Annual statistical returns and brief notes on vaccination in Bengal - 1909-1929
Year: 1909
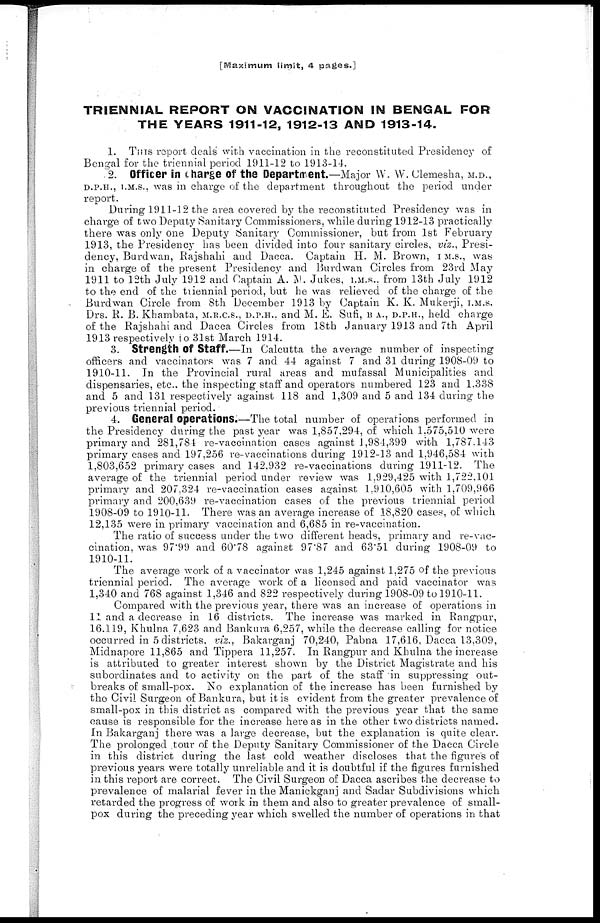
[Maximum limit, 4 pages.]
TRIENNIAL REPORT ON VACCINATION IN BENGAL FOR
THE YEARS 1911-12, 1912-13 AND 1913-14.
1. THIS report deals' with vaccination in the reconstituted Presidency of
Bengal for the triennial period 1911-12 to 1913-14.
2. Officer in charge of the Department.—Major W. W. Clemesha, M.D.,
D.P.H., I.M.S., was in charge of the department throughout the period under
report.
During 1911-12 the area covered by the reconstituted Presidency was in
charge of two Deputy Sanitary Commissioners, while during 1912-13 practically
there was only one Deputy Sanitary Commissioner, but from 1st February
1913, the Presidency has been divided into four sanitary circles, viz., Presi-
dency, Burdwan, Rajshahi and Dacca. Captain H. M. Brown, I M.S., was
in charge of the present Presidency and Burdwan Circles from 23rd May
1911 to 12th July 1912 and Captain A. M. Jukes, I.M.S.. from 13th July 1912
to the end of the triennial period, but he was relieved of the charge of the
Burdwan Circle from 8th December 1913 by Captain K. K. Mukerji, I.M.S.
Drs. R. B. Khambata, M.R.C.S., D.P.H.. and M. E. Sufi, B A., D.P.H., held charge
of the Rajshahi and Dacca Circles from 18th January 1913 and 7th April
1913 respectively to 31st March 1914.
3. Strength of Staff.—In Calcutta the average number of inspecting
officers and vaccinators was 7 and 44 against 7 and 31 during 1908-09 to
1910-11. In the Provincial rural areas and mufassal Municipalities and
dispensaries, etc., the inspecting staff and operators numbered 123 and 1,338
and 5 and 131 respectively against 118 and 1,309 and 5 and 134 during the
previous triennial period.
4. General Operations.—The total number of operations performed in
the Presidency during the past year was 1,857,294, of which 1,575,510 were
primary and 281,784 re-vaccination cases against 1,984,399 with 1,787.143
primary cases and 197,256 re-vaccinations during 1912-13 and 1,946,584 with
1,803,652 primary cases and 142,932 re-vaccinations during 1911-12. The
average of the triennial period under review was 1,929,425 with 1,722,101
primary and 207,324 re-vaccination cases against 1,910,605 with 1,709,966
primary and 200,639 re-vaccination cases of the previous triennial period
1908-09 to 1910-11. There was an average increase of 18,820 cases, of which
12,135 were in primary vaccination and 6,685 in re-vaccination.
The ratio of success under the two different heads, primary and re-vac-
cination, was 97.99 and 60.78 against 97.87 and 63.51 during 1908-09 to
1910-11.
The average work of a vaccinator was 1,245 against 1,275 of the previous
triennial period. The average work of a licensed and paid vaccinator was
1,340 and 768 against 1,346 and 822 respectively during 1908-09 to 1910-11.
Compared with the previous year, there was an increase of operations in
11 and a decrease in 16 districts. The increase was marked in Rangpur,
16.119, Khulna 7,623 and Bankura 6,257, while the decrease calling for notice
occurred in 5 districts, viz., Bakarganj 70,240, Pabna 17,616, Dacca 13,309,
Midnapore 11,865 and Tippera 11,257. In Rangpur and Khulna the increase
is attributed to greater interest shown by the District Magistrate and his
subordinates and to activity on the part of the staff in suppressing out-
breaks of small-pox. No explanation of the increase has been furnished by
the Civil Surgeon of Bankura, but it is evident from the greater prevalence of
small-pox in this district as compared with the previous year that the same
cause is responsible for the increase here as in the other two districts named.
In Bakarganj there was a large decrease, but the explanation is quite clear.
The prolonged tour of the Deputy Sanitary Commissioner of the Dacca Circle
in this district during the last cold weather discloses that the figures of
previous years were totally unreliable and it is doubtful if the figures furnished
in this report are correct. The Civil Surgeon of Dacca ascribes the decrease to
prevalence of malarial fever in the Manickganj and Sadar Subdivisions which
retarded the progress of work in them and also to greater prevalence of small-
pox during the preceding year which swelled the number of operations in that